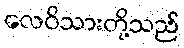
လေဝိသားတို့သည်